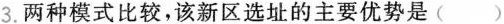
3.两种模式比较，该新区选址的主要优势是( )